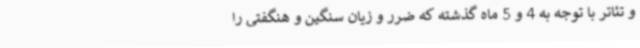
و تئاتر با توجه به 4 و 5 ماه گذشته که ضرر و زیان سنگین و هنگفتی را